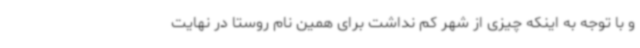
و با توجه به اینکه چیزی از شهر کم نداشت برای همین نام روستا در نهایت